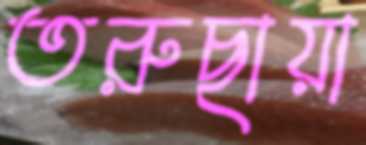
তরুছায়া